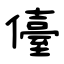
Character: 儓